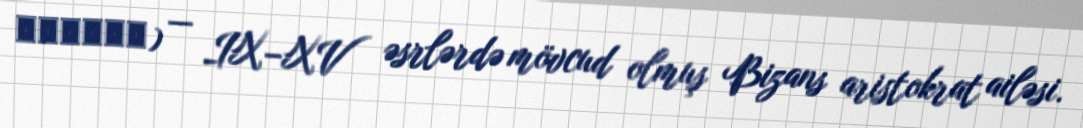
Ἀνεμᾶς) — IX–XV əsrlərdə mövcud olmuş Bizans aristokrat ailəsi.